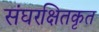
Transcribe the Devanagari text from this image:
संघरक्षितकृत